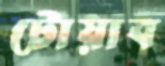
টোয়াব